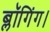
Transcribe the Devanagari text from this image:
ब्लॉगिंग।